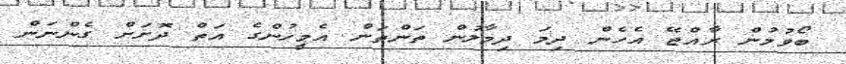
ބޯވުމުން ރާއްޖޭ އެހެން ދިމަ ދިމާލުން ތަންތަން އެމީހުންގެ އަތް ދޮށަށް ގެންނަން